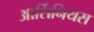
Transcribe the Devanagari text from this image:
आर्सिनियस